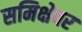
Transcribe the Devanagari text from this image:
समिक्षेवर